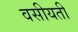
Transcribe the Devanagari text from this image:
वसीयती